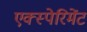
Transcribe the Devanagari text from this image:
एक्स्पेरिमेंट